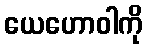
ယေဟောဝါကို